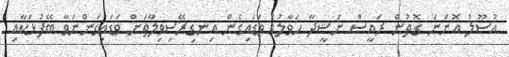
އުސޫލު އޮންނަ ގޮތުން ރައީސް ނަޝީދާ ހަވާލުވެ ވަޑައިގެން އިނގިރޭސިވިލާތަށް ވަޑައިގަންނަވާ ބޭފުޅަކާއި